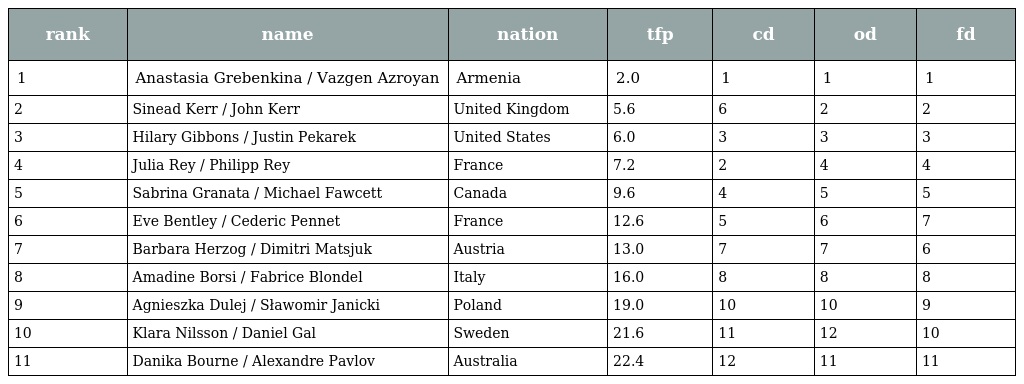
| rank | name | nation | tfp | cd | od | fd |
 | --- | --- | --- | --- | --- | --- | --- |
 | 1 | Anastasia Grebenkina / Vazgen Azroyan | Armenia | 2.0 | 1 | 1 | 1 |
 | 2 | Sinead Kerr / John Kerr | United Kingdom | 5.6 | 6 | 2 | 2 |
 | 3 | Hilary Gibbons / Justin Pekarek | United States | 6.0 | 3 | 3 | 3 |
 | 4 | Julia Rey / Philipp Rey | France | 7.2 | 2 | 4 | 4 |
 | 5 | Sabrina Granata / Michael Fawcett | Canada | 9.6 | 4 | 5 | 5 |
 | 6 | Eve Bentley / Cederic Pennet | France | 12.6 | 5 | 6 | 7 |
 | 7 | Barbara Herzog / Dimitri Matsjuk | Austria | 13.0 | 7 | 7 | 6 |
 | 8 | Amadine Borsi / Fabrice Blondel | Italy | 16.0 | 8 | 8 | 8 |
 | 9 | Agnieszka Dulej / Sławomir Janicki | Poland | 19.0 | 10 | 10 | 9 |
 | 10 | Klara Nilsson / Daniel Gal | Sweden | 21.6 | 11 | 12 | 10 |
 | 11 | Danika Bourne / Alexandre Pavlov | Australia | 22.4 | 12 | 11 | 11 |